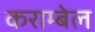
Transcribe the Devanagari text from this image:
कराम्बेल